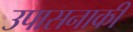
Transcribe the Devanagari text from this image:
उपासनाकी